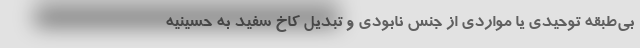
بی‌طبقه توحیدی یا مواردی از جنس نابودی و تبدیل کاخ سفید به حسینیه